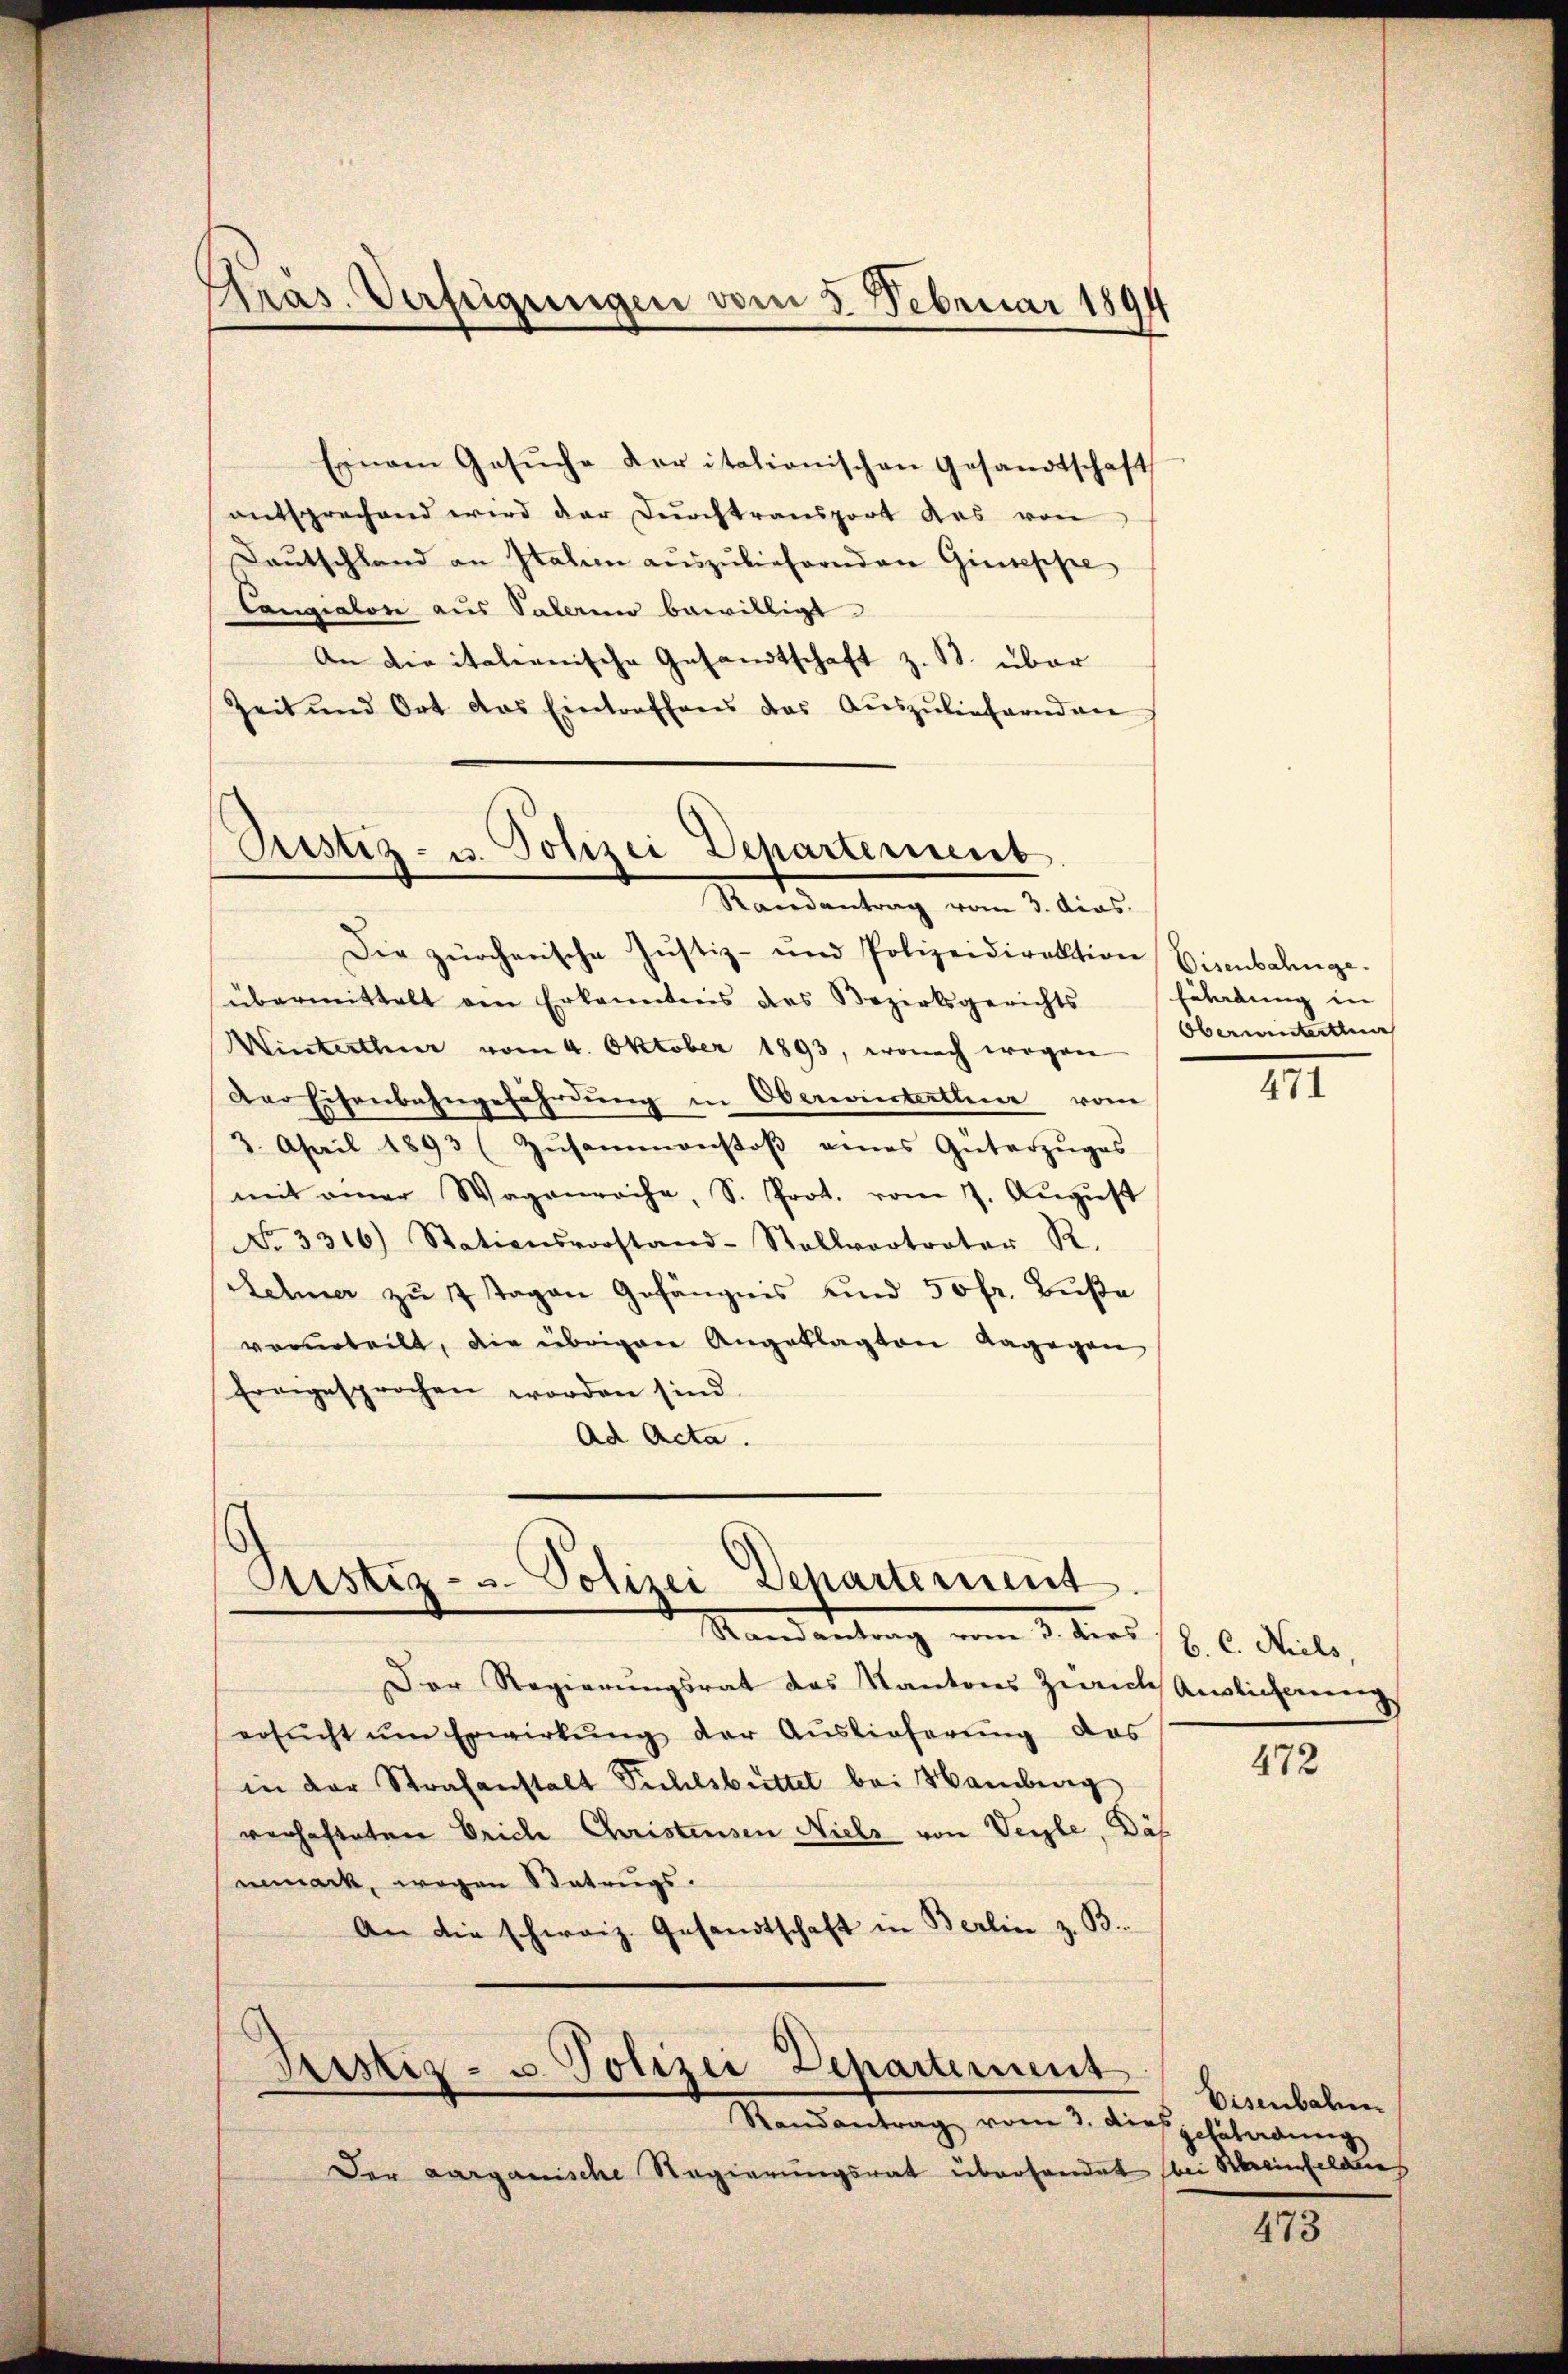
Präs. Verfügungen vom 3. Februar 1894

Einem Gesŭche der italionischen Gesandtschaft
entsprechend wird der Dŭrchtransport des von
Daŭtschland an Italien aŭszŭliefernden Giuseppe
Cangialon aus Salerien bewilligt.
An die italienische Gesandtschaft z. B. über
Zeit und Ort das Eintreffens das Aŭszŭliefernden

Pustiz- u. Polizei Departement
Randantrag vom 3. das.

Justiz- u. Polizei Departement
Mandantung vom 2. dies 16. 6. Juli,

Fristiz- u. Polizei Departement
Randantrag vom 3. dies

Die zürcherische Justiz- und Polizeidirektion Eisenbahnge.
übermittelt ein Erkanntnis des Bezirksgerichts
Winterthur vom 4. Oktober 1893, wonach wegen
Der Eisenbahngefährdung in Oberwinterthur vom
3. April 1893 (Zŭsammenstoβ eines Güterzŭges
mit einer Wagenreche, S. Prot. vom 7. Aŭgŭst
No 3316) Stationsvorstand-Stellvertrator R.
Sehner zu 7 Tagen Gefängnis und 50 fr. Buße
vorurteilt, die übrigen Angeklagten dagegen
Ereigesprochen worden sind.
Ad Acta.

Der aarganische Regierungsrat überhandet

Der Regierungsrat das Kantons Zürich Auslicherung
ersŭcht ŭm Erwirkŭng der Auslieferŭng des
in der Strafanstalt Pichlsbüttel bei Hamburg
verhafteten Erich Christensen Niels von Verle, Däh
nemark, wegen Statuugs.
An die schweiz. Gesandtschaft in Berlin z. B.

Fildung in
Oberwinterthur

471

472

Eisenbahn
setätigung
bei Briefelden

473